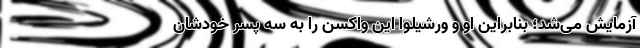
آزمایش می‌شد؛ بنابراین او و ورشیلوا این واکسن را به سه پسر خودشان